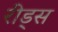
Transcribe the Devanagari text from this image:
रीड्स